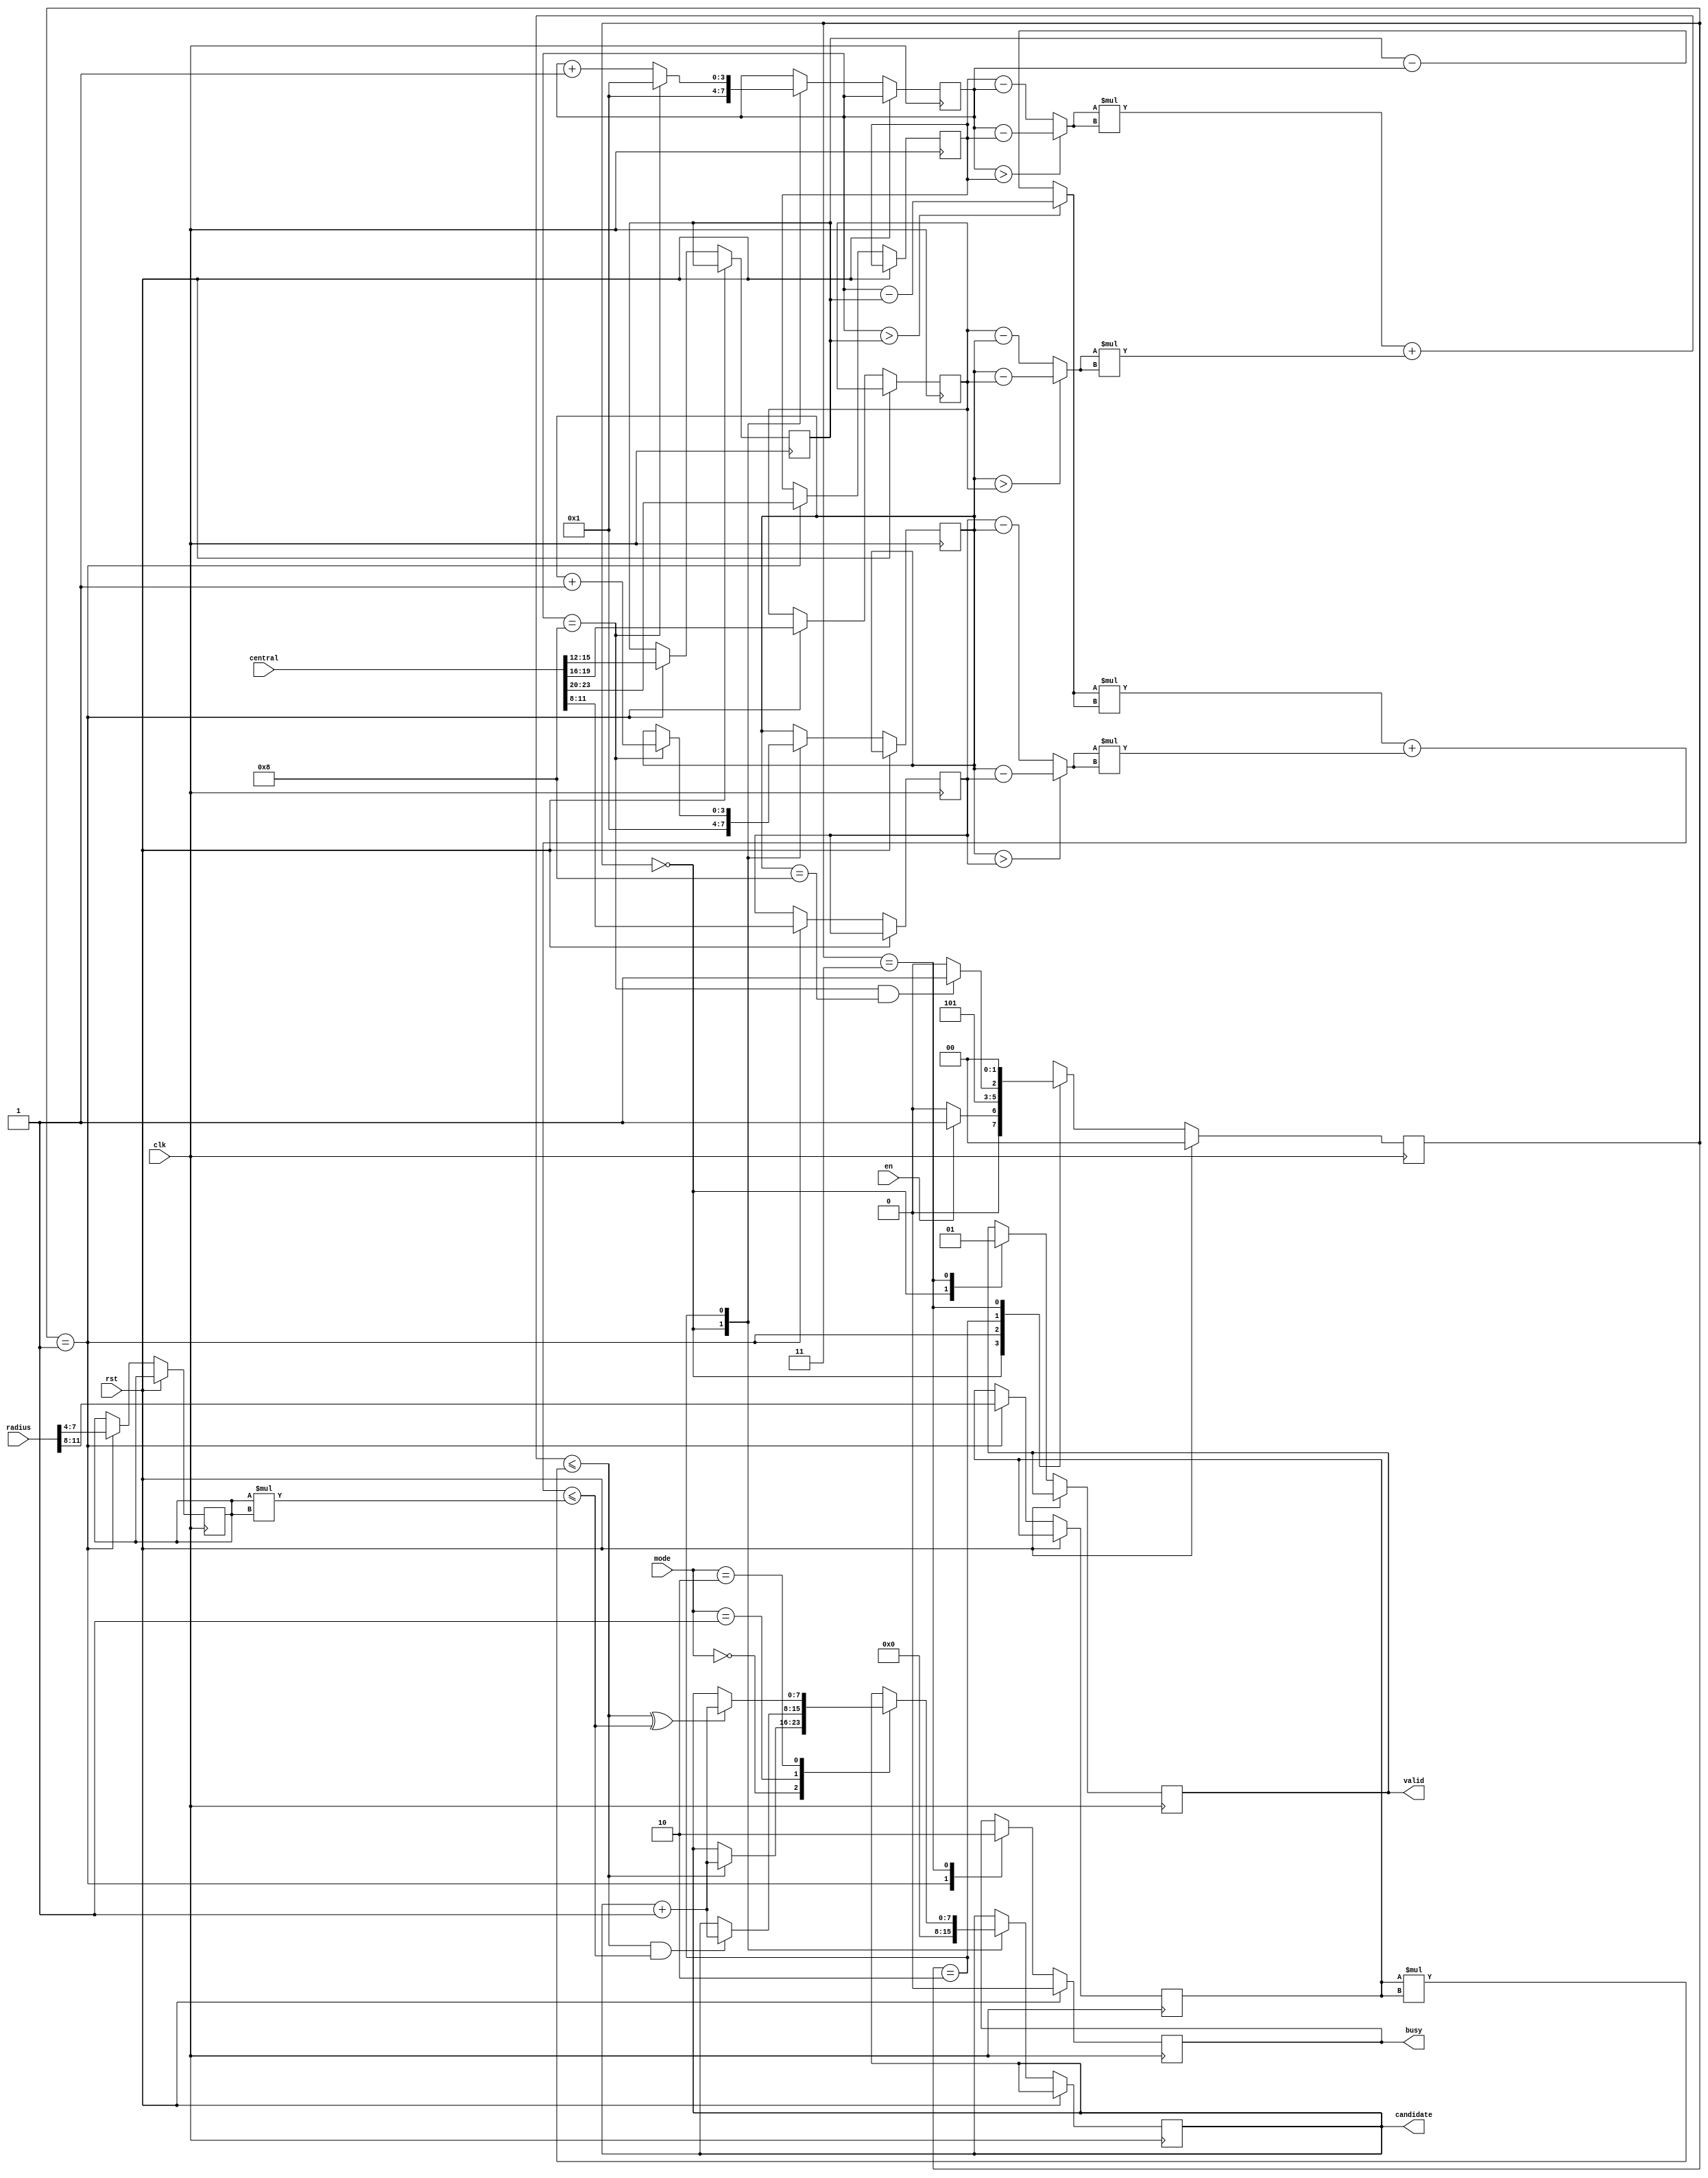
module SET ( clk , rst, en, central, radius, mode, busy, valid, candidate );

input clk, rst;
input en;
input [23:0] central;
input [11:0] radius;
input [1:0] mode;

output reg busy;
output reg valid;
output reg [7:0] candidate;

reg [1:0] curr_state, next_state;
reg [3:0] x1, y1, x2, y2, r1, r2, curr_x, curr_y;

wire [3:0] diff_x1, diff_y1, diff_x2, diff_y2;
wire [7:0] r1_sqr, r2_sqr, diff_x1_sqr, diff_y1_sqr, diff_x2_sqr, diff_y2_sqr, dist_a, dist_b;

assign diff_x1 = (curr_x > x1) ? curr_x - x1 : x1 - curr_x;
assign diff_y1 = (curr_y > y1) ? curr_y - y1 : y1 - curr_y;
assign diff_x2 = (curr_x > x2) ? curr_x - x2 : x2 - curr_x;
assign diff_y2 = (curr_y > y2) ? curr_y - y2 : y2 - curr_y;

assign diff_x1_sqr = diff_x1 * diff_x1;
assign diff_y1_sqr = diff_y1 * diff_y1;
assign diff_x2_sqr = diff_x2 * diff_x2;
assign diff_y2_sqr = diff_y2 * diff_y2;

assign r1_sqr = r1 * r1; 
assign r2_sqr = r2 * r2;

parameter WAIT = 2'b00;
parameter INPUT = 2'b01;
parameter COMPARE = 2'b10;
parameter OUTPUT = 2'b11;

always@(posedge clk) begin
    if(rst) begin
        busy <= 0;
        curr_state <= WAIT;   
    end 
    else begin
        curr_state <= next_state;
        case (curr_state)
            WAIT: begin
                curr_x <= 1;
                curr_y <= 1;
                candidate <= 0;
                valid <= 0;
            end
            INPUT: begin
                x1 <= central[23:20];
                y1 <= central[19:16];
                x2 <= central[15:12];
                y2 <= central[11:8];
                r1 <= radius[11:8];
                r2 <= radius[7:4];
                busy <= 1;
            end
            COMPARE: begin
                case (mode)
                    2'b00: 
                        candidate <= ((diff_x1_sqr + diff_y1_sqr) <= r1_sqr) ? candidate + 1 : candidate;
                    2'b01: 
                        candidate <= ((diff_x1_sqr + diff_y1_sqr) <= r1_sqr && (diff_x2_sqr + diff_y2_sqr) <= r2_sqr) ? candidate + 1 : candidate;
                    2'b10: 
                        candidate <= (((diff_x1_sqr + diff_y1_sqr) <= r1_sqr) ^ ((diff_x2_sqr + diff_y2_sqr) <= r2_sqr)) ? candidate + 1 : candidate;
                endcase
                curr_x <= (curr_x == 8) ? 1 : curr_x + 1;
                curr_y <= (curr_x == 8) ? curr_y + 1 : curr_y;
            end
            OUTPUT: begin
                valid <= 1;
                busy <= 0;
            end
        endcase
    end
end

always @(*) begin
    case (curr_state)
        WAIT: 
            next_state = (en) ? INPUT : WAIT; 
        INPUT: 
            next_state = COMPARE;
        COMPARE: 
            next_state = (curr_x == 8 && curr_y == 8) ? OUTPUT : COMPARE;
        OUTPUT:
            next_state = WAIT;
    endcase
end



endmodule